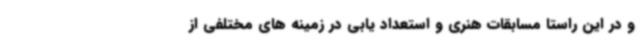
و در این راستا مسابقات هنری و استعداد یابی در زمینه های مختلفی از